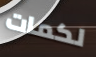
لكمات